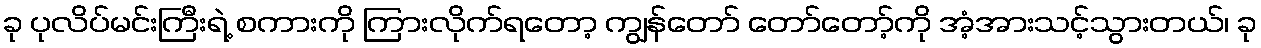
ခု ပုလိပ်မင်းကြီးရဲ့ စကားကို ကြားလိုက်ရတော့ ကျွန်တော် တော်တော့်ကို အံ့အားသင့်သွားတယ်၊ ခု